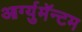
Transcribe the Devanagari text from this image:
आर्ग्युमॅन्टम